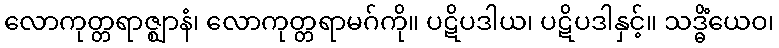
လောကုတ္တရာဇ္ဈာနံ၊ လောကုတ္တရာမဂ်ကို။ ပဋိပဒါယ၊ ပဋိပဒါနှင့်။ သဒ္ဓိံယေဝ၊